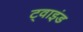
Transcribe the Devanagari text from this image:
ट्वाइंड